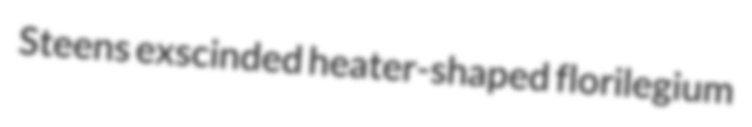
Steens exscinded heater-shaped florilegium